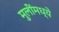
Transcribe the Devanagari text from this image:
मुलींमध्ये